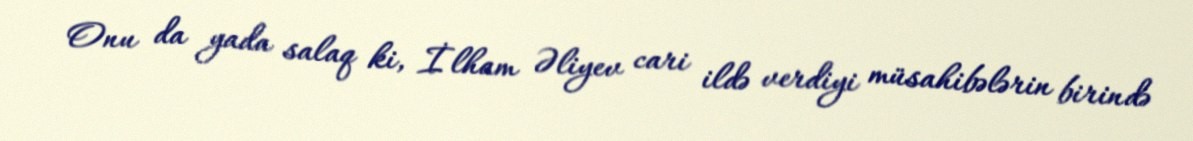
Onu da yada salaq ki, İlham Əliyev cari ildə verdiyi müsahibələrin birində